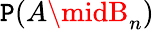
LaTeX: \mathtt{P}(A\midB_{n})